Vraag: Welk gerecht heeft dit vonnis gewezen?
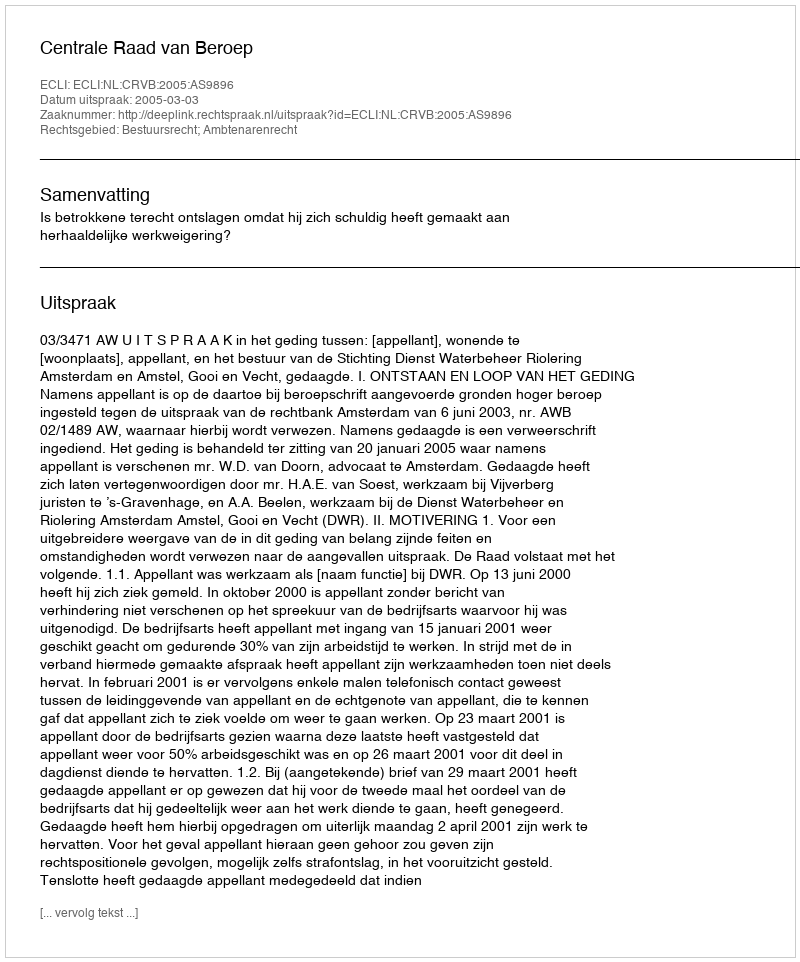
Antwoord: Centrale Raad van Beroep